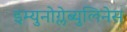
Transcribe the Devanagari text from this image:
इम्युनोग्लेब्युलिनेस